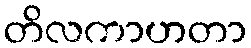
တိလကာဟတာ